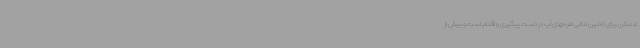
ممکن برای تامین مالی طرحهای آب در دست پیگیری و اقدام است و بیش از